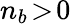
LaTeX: n_{b}\! >\! 0